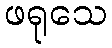
ဖရုသေ